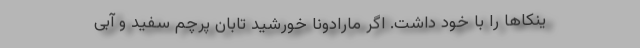
ینکاها را با خود داشت. اگر مارادونا خورشید تابان پرچم سفید و آبی